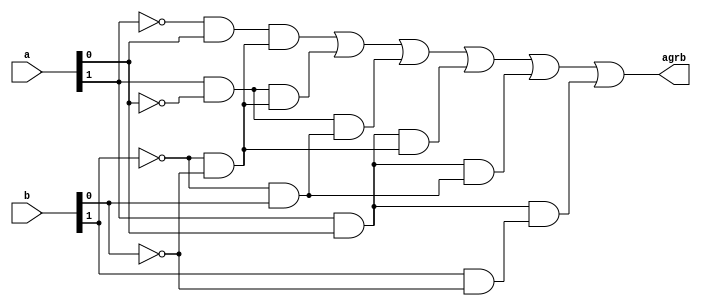
`timescale 1ns / 1ps
//////////////////////////////////////////////////////////////////////////////////
// Company: 
// Engineer: 
// 
// Design Name: 
// Module Name:    Two_bit_greater_than 
// Project Name: 
// Target Devices: 
// Tool versions: 
// Description: 
//
// Dependencies: 
//
// Revision: 
// Revision 0.01 - File Created
// Additional Comments: 
//
//////////////////////////////////////////////////////////////////////////////////

module Two_bit_greater_than
(
  input wire [1:0] a , b ,
  output wire agrb
);


wire p0, p1, p2, p3, p4, p5;

assign agrb = p0 | p1 | p2 | p3 | p4 | p5;

  assign p0 = (~a[1] & a[0]) & (~b[1] & ~b[0]) ;
  assign p1 = (a[1] & ~a[0]) & (~b[1] & ~b[0]) ;
  assign p2 = (a[1] & ~a[0]) & (~b[1] & b[0]);
  assign p3 = (a[1] & a[0]) & (~b[1] & ~b[0]);
  assign p4 = (a[1] & a[0]) & (~b[1] & b[0]);
  assign p5 = (a[1] & a[0]) & (b[1] & ~b[0]);
  
endmodule